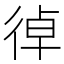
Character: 𢔄